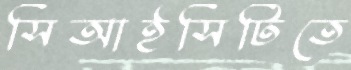
সিআইসিটিতে